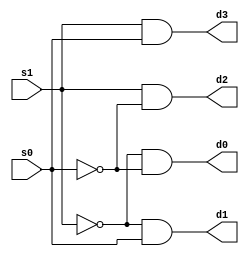
module decoder_module(s1, s0, d0, d1, d2, d3);

    input s1, s0;
    output d0, d1, d2, d3;
    
    wire s1_not, s0_not;
    not(s1_not, s1);
    not(s0_not, s0);

    and(d0, s1_not, s0_not);
    and(d1, s1_not, s0);
    and(d2, s1, s0_not);
    and(d3, s1, s0);

endmodule